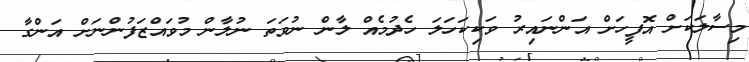
މިސާލަކަށް އޮފީހަށް އަންނައިރު ވަކިކަހަލަ ހެދުމެއް ލާން ނުވަތަ ނުލާން މުވައްޒަފުންނަށް އަންގާ